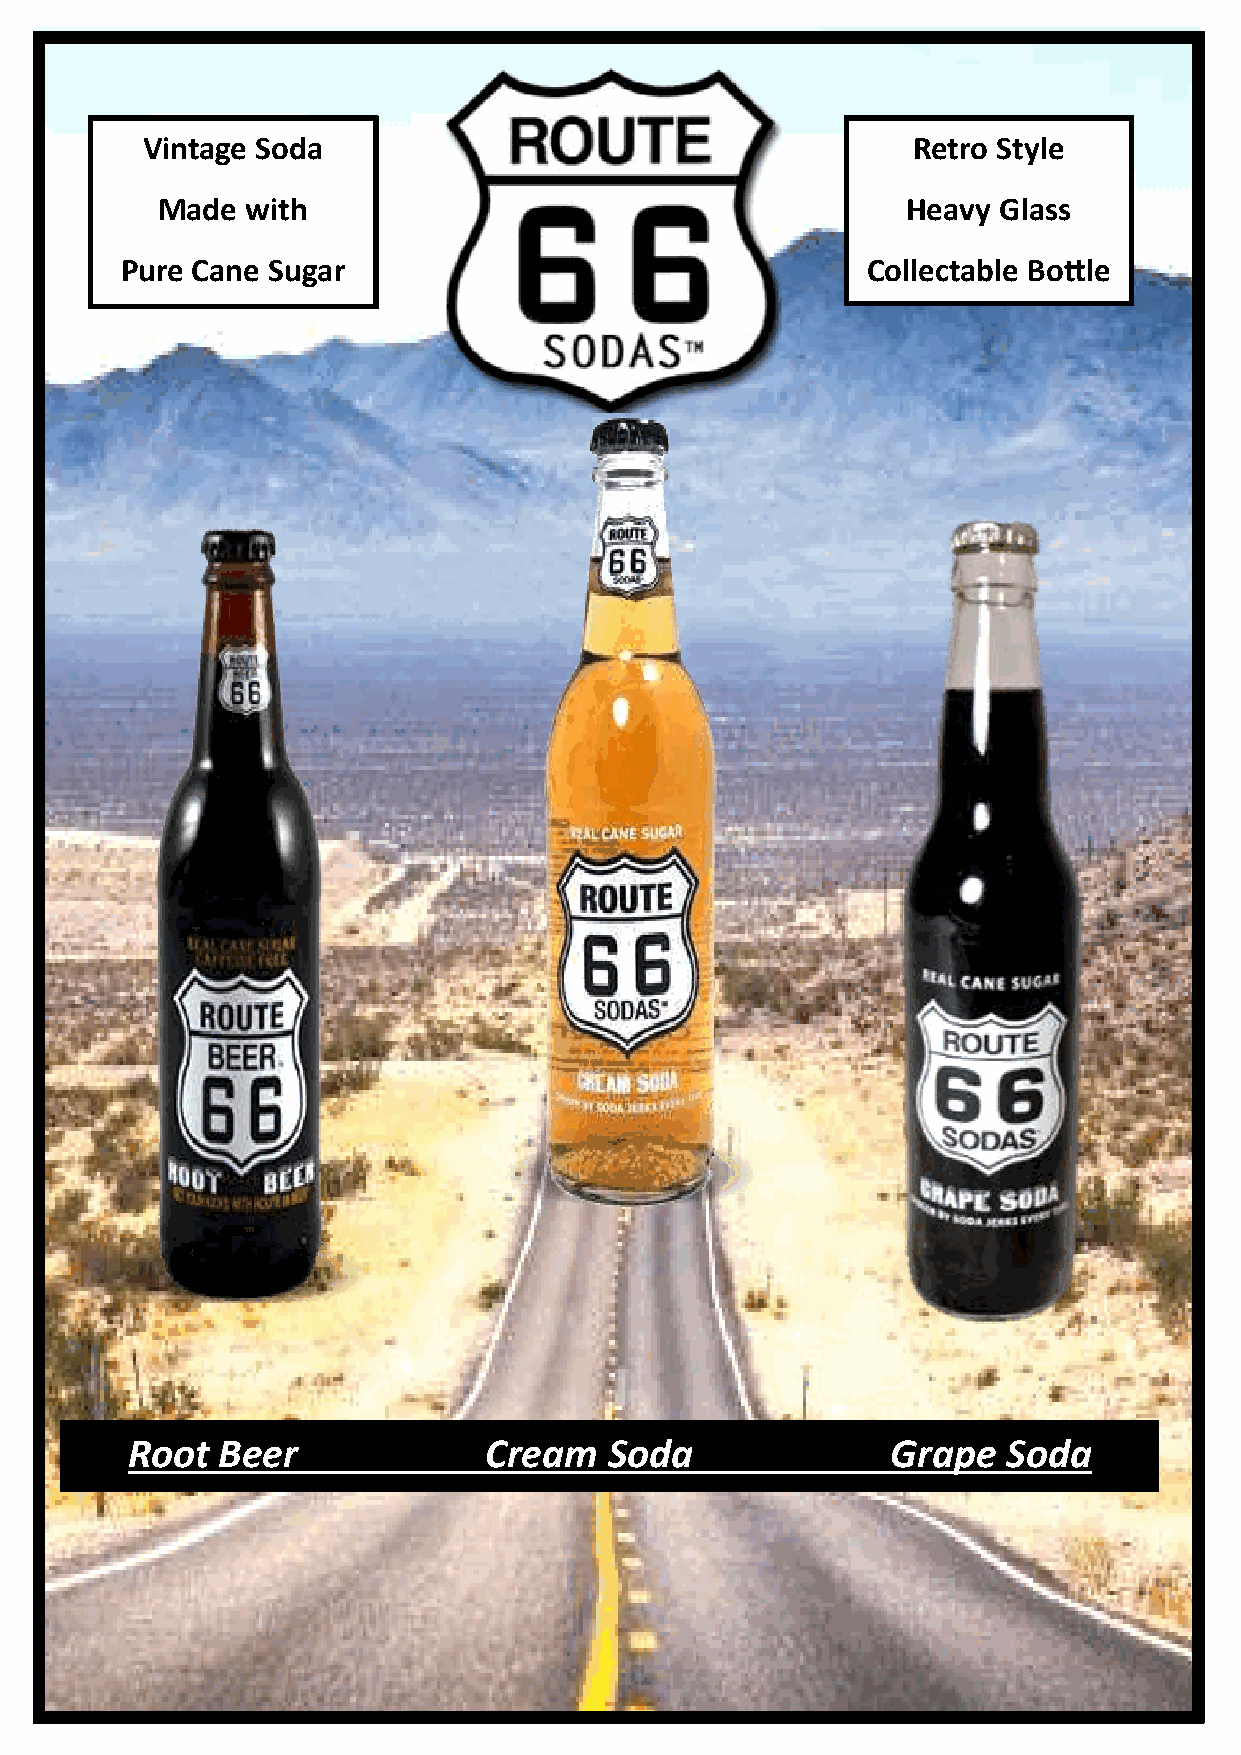
Vintage Soda                                       Retro Style
 Made  with                                        Heavy Glass
 Pure Cane Sugar                                  Collectable Bottle
 Root  Beer              Cream   Soda               Grape   Soda